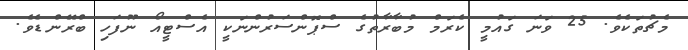
މެޗުތަކެވެ. 25 ވަނަ ގައުމީ ކެރަމް މުބާރާތުގެ ސްޕޮންސަރުންނަކީ އެސްޓީއޯ ނޫފަހި ބްރޭންޑެވެ.